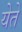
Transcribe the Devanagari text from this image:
येेते